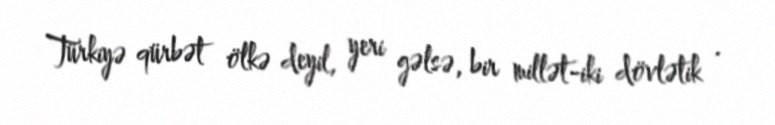
Türkiyə qürbət ölkə deyil, yeri gəlsə, bir millət-iki dövlətik .